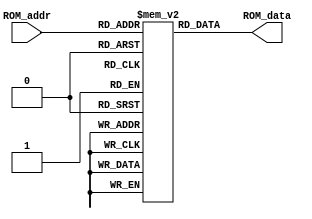
module ROM_BCD_to_Excess_3 (ROM_data, ROM_addr);
output 	[3:0] ROM_data;
input 	[3:0] ROM_addr;
reg 	[3:0] ROM [15:0];
assign ROM_data = ROM[ROM_addr];
//				input state output next_state
initial begin
ROM[0] = 4'b1001;	// S_0	0 000 1 001 
ROM[1] = 4'b1111;	// S_1	0 001 1 111 
ROM[2] = 4'b1000;	// S_6	0 010 1 000 
ROM[3] = 4'b1110;	// S_4	0 011 1 110
ROM[4] = 4'bxxxx;	// not used
ROM[5] = 4'b0011;	// S_2	0 101 0 011 
ROM[6] = 4'b0000;	// S_5	0 110 0 000 
ROM[7] = 4'b0110;	// S_3	0 111 0 110 

ROM[8] = 4'b0101;	// S_0	1 000 0 101 
ROM[9] = 4'b0011;	// S_1	1 001 0 011 
ROM[10] = 4'b0000;	// S_6	1 010 0 000 
ROM[11] = 4'b0010;	// S_4	1 011 0 010 
ROM[12] = 4'bxxxx;	// not used
ROM[13] = 4'b1011;	// S_2	1 101 1 011 
ROM[14] = 4'b1000;	// S_5	1 110 1 000 
ROM[15] = 4'b1110;	// S_3	1 111 1 110 

end
endmodule
module BCD_to_Excess_3_ROM (ROM_addr, B_out, ROM_data, B_in, clk, reset);
  output	[3:0] 	ROM_addr;
  output		B_out;
  input	[3:0]	 ROM_data;
  input 		B_in, clk, reset;
  
  reg	[2:0]	state;
  wire 	[2:0] 	next_state;
  wire 		B_out;

  assign next_state = ROM_data [2:0];
  assign B_out = ROM_data[3];
  assign ROM_addr = {B_in, state};

always @ (posedge clk or negedge reset) 
    if (reset == 0) state <= 0; else state <= next_state;
endmodule
module test_BCD_to_Excess_3b_Converter ();
  wire	B_out, clk;
  wire 	[3:0] ROM_addr, ROM_data;
  reg	B_in, reset;


BCD_to_Excess_3_ROM M1 (ROM_addr, B_out, ROM_data, B_in, clk, reset);
ROM_BCD_to_Excess_3 M2 (ROM_data, ROM_addr);
clock_gen M3 (clk);

initial begin #1000 $finish; end

initial begin
#10 reset = 0;  #90 reset = 1;
end

initial begin
#0 B_in = 0;
#100 B_in = 0;
#100 B_in = 0;
#100 B_in = 1;
#100 B_in = 0;
end

endmodule